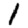
Digit: 1